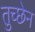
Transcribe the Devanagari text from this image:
तुच्छेन